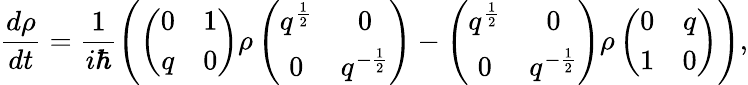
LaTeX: \frac{d\rho}{dt}=\frac{1}{i\hbar}\left(\left(\begin{array}{cc}{{0}}&{{1}}\\ {{q}}&{{0}}\end{array}\right)\rho\left(\begin{array}{cc}{{q^{\frac{1}{2}}}}&{{0}}\\ {{0}}&{{q^{-\frac{1}{2}}}}\end{array}\right)-\left(\begin{array}{cc}{{q^{\frac{1}{2}}}}&{{0}}\\ {{0}}&{{q^{-\frac{1}{2}}}}\end{array}\right)\rho\left(\begin{array}{cc}{{0}}&{{q}}\\ {{1}}&{{0}}\end{array}\right)\right),